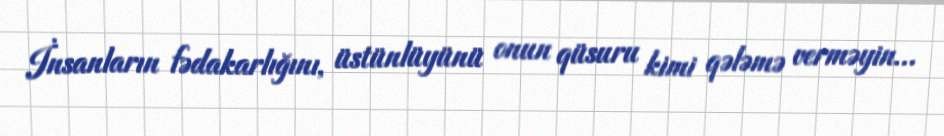
İnsanların fədakarlığını, üstünlüyünü onun qüsuru kimi qələmə verməyin…